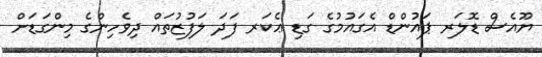
ޔޫއެސް ޑޮލަރ ޕައުންޑް އެގައުމުގެ ގަޑި ޢެކަރ ފަދަ ލަފުޒުތައް ދިވެހިންގެ މިންގަޑަށް